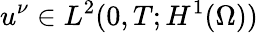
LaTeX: u^{\nu}\in L^{2}(0,T;H^{1}(\Omega))